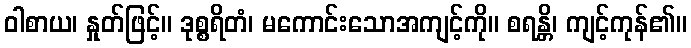
ဝါစာယ၊ နှုတ်ဖြင့်။ ဒုစ္စရိတံ၊ မကောင်းသောအကျင့်ကို။ စရန္တိ၊ ကျင့်ကုန်၏။